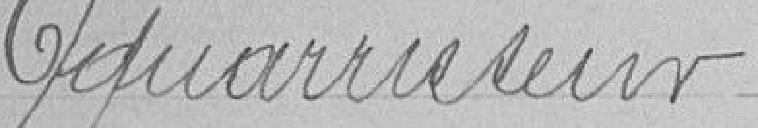
Équarrisseur